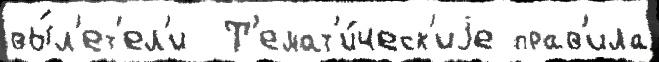
вы́л'ет'ел'и  Т'емат'и́ческ'иjе прав'ила